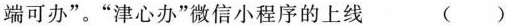
端可办”。”津心办”微信小程序的上线 ()